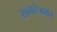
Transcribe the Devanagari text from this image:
रत्नरंजम।